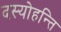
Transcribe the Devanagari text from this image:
दस्योहन्ति